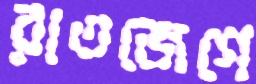
রাতজেগে